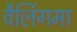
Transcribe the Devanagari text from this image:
वैलिंगमा